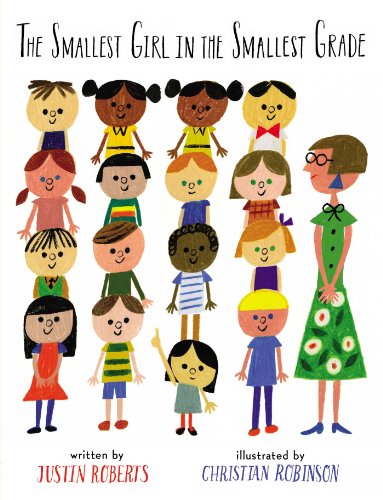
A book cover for The Smallest Girl in the Smallest Grade; Justin Roberts; Children's Books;